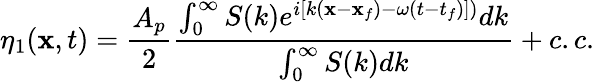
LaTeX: \eta_{1}(\mathbf{x},t)=\frac{{A_{p}}}{{2}}\frac{{\int_{0}^{\infty}S(k)e^{i[k(\mathbf{x}-\mathbf{x}_{f})-\omega(t-t_{f})])}dk}}{{\int_{0}^{\infty}S(k)dk}}+c.c.